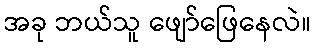
အခု ဘယ်သူ ဖျော်ဖြေနေလဲ။